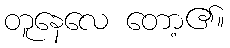
တူနေလေ တော့၏။